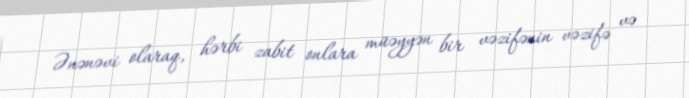
Ənənəvi olaraq, hərbi zabit onlara müəyyən bir vəzifənin vəzifə və